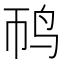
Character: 䴓